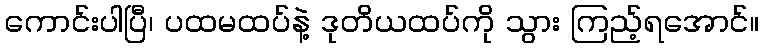
ကောင်းပါပြီ၊ ပထမထပ်နဲ့ ဒုတိယထပ်ကို သွား ကြည့်ရအောင်။